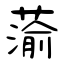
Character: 蕍